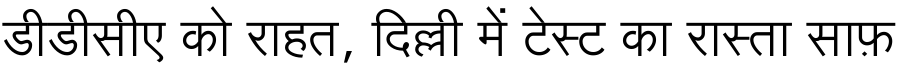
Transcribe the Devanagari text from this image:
डीडीसीए को राहत, दिल्ली में टेस्ट का रास्ता साफ़